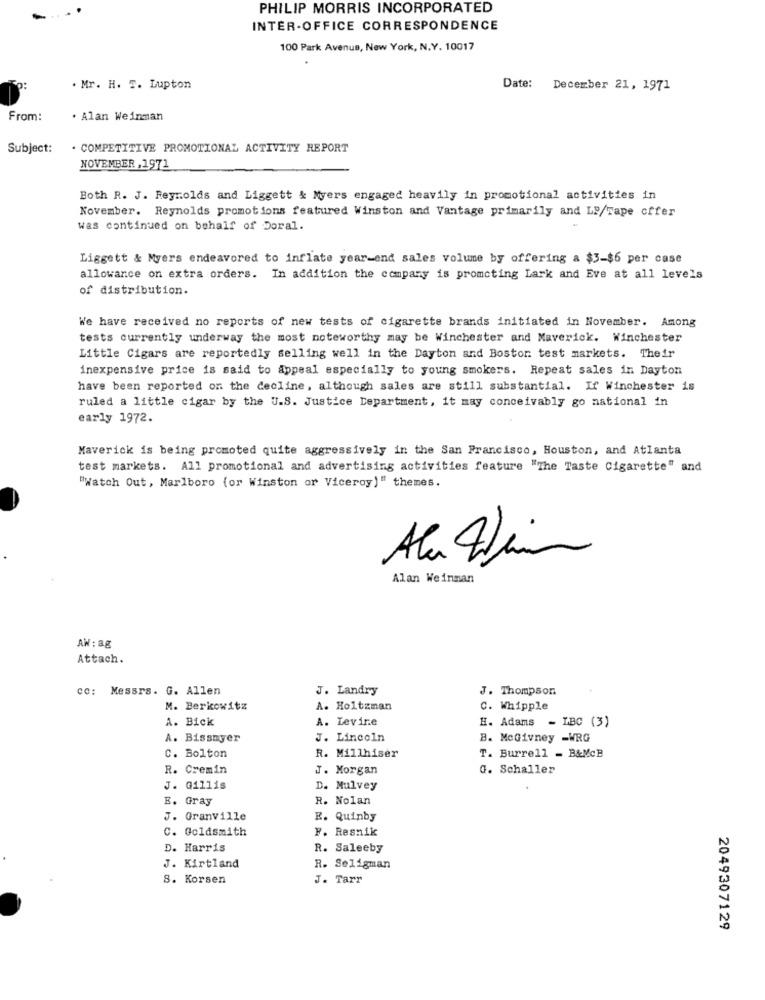
PHILIP MORRIS INCORPORATED
INTER-OFFICE CORRESPONDENCE
100 Park Avenue, New York, N.Y. 10017
. Mr. H. T. Lupton
Date: December 21, 1971
From:
. Alan Weinman
Subject:
. COMPETITIVE PROMOTIONAL ACTIVITY REPORT
NOVEMBER ,1971
Both R. J. Reynolds and Liggett & Myers engaged heavily in promotional activities in
November. Reynolds promotions featured Winston and Vantage primarily and LP/Tape offer
was continued on behalf of Doral.
Liggett & Myers endeavored to inflate year-end sales volume by offering a $3-$6 per case
allowance on extra orders. In addition the company is promoting Lark and Eve at all levels
of distribution.
We have received no reports of new tests of cigarette brands initiated in November. Among
tests currently underway the most noteworthy may be Winchester and Maverick. Winchester
Little Cigars are reportedly selling well in the Dayton and Boston test markets. Their
inexpensive price is said to Appeal especially to young smokers. Repeat sales in Dayton
have been reported on the decline, although sales are still substantial. If Winchester is
ruled a little cigar by the U.S. Justice Department, it may conceivably go national in
early 1972.
Maverick is being promoted quite aggressively in the San Francisco, Houston, and Atlanta
test markets. All promotional and advertising activities feature "The Taste Cigarette" and
"Watch Out, Marlboro (or Winston or Viceroy)" themes.
Ala Him
Alan Weinman
AW : 88
Attach.
cc: Messrs. G. Allen
J. Landry
J. Thompson
M. Berkowitz
A. Holtzman
C. Whipple
A. Bick
A. Levine
H. Adams - LBC (3)
A. Bissayer
J. Lincoln
B. MeGivney -WRG
C. Bolton
R. Millhiser
T. Burrell - B&McB
R. Cremin
J. Morgan
G. Schaller
J. Gillis
D. Mulvey
B. Gray
R. Nolan
J. Granville
E. Quinby
C. Goldsmith
F. Resnik
D. Harris
R. Saleeby
J. Kirtland
R. Seligman
8. Korsen
J. Tarr
2049307129